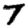
Digit: 7